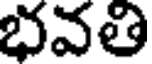
భవతి